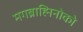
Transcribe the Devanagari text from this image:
मगब्राह्मिनोको